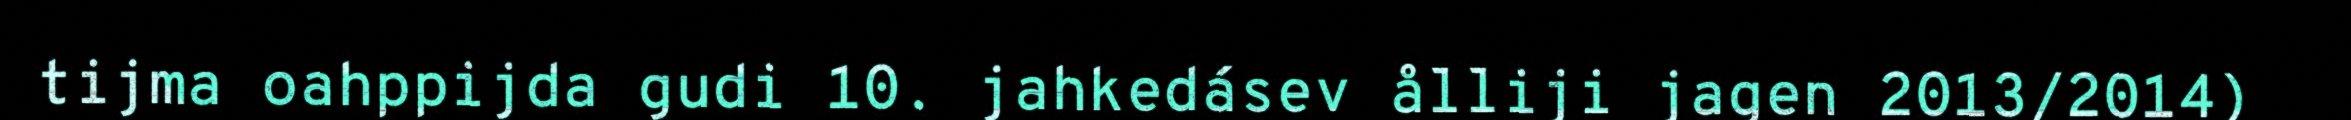
tijma oahppijda gudi 10. jahkedásev ålliji jagen 2013/2014)